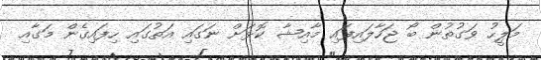
މަލީހު ވަގުތުން ބޯ ޖަހާލައިފައި މާއިޝާ ކޮޅަށް ނަަގައި އަތުގައި ހިފައިގެން މަގާއި